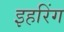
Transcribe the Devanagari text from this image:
इहरिंग